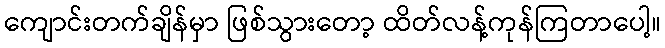
ကျောင်းတက်ချိန်မှာ ဖြစ်သွားတော့ ထိတ်လန့်ကုန်ကြတာပေါ့။